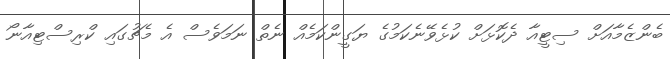
ބެންޒެމާއަށް ސިޓީއާ ދެކޮޅަށް ކުޅެވޭނެކަމުގެ ޔަގީންކަމެއް ނެތް ނަމަވެސް އެ މެޗުގައި ކްރިސްޓިއާނޯ